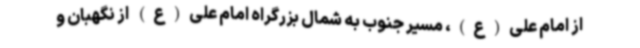
از امام علی(ع)، مسیر جنوب به شمال بزرگراه امام علی(ع) از نگهبان و